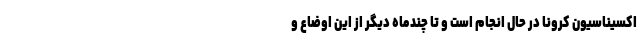
اکسیناسیون کرونا در حال انجام است و تا چند‌ماه دیگر از این اوضاع و